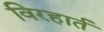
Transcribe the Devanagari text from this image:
विरहार्त